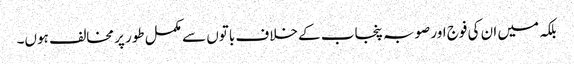
بلکہ میں ان کی فوج اور صوبہ پنجاب کے خلاف باتوں سے مکمل طور پر مخالف ہوں۔